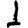
Digit: 1